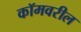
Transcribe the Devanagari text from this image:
कॉमवरील